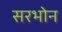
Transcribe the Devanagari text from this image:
सरभोन